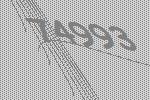
74993